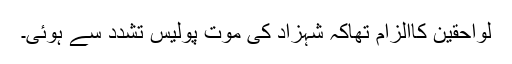
لواحقین کاالزام تھاکہ شہزاد کی موت پولیس تشدد سے ہوئی۔